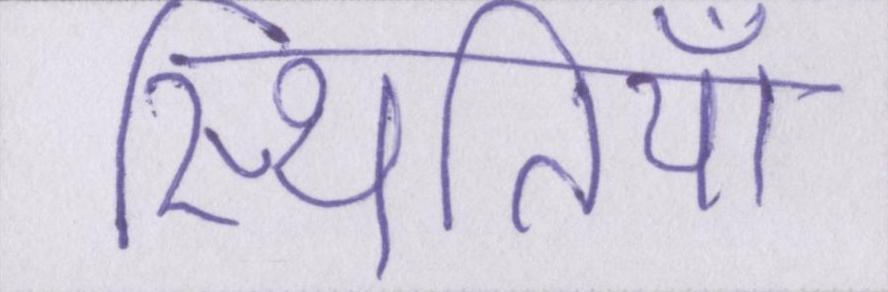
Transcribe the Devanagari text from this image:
स्थितियाँ